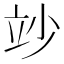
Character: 竗